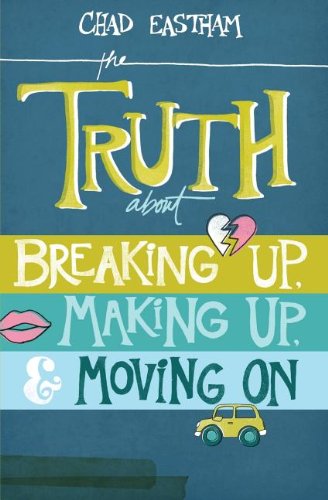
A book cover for The Truth About Breaking Up, Making Up, and Moving On; Chad Eastham; Teen & Young Adult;